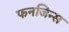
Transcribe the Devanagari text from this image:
फनजिन्स